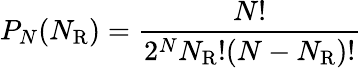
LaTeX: P_{N}(N_{\mathrm{{R}}})={\frac{N!}{2^{N}N_{\mathrm{{R}}}!(N-N_{\mathrm{{R}}})!}}